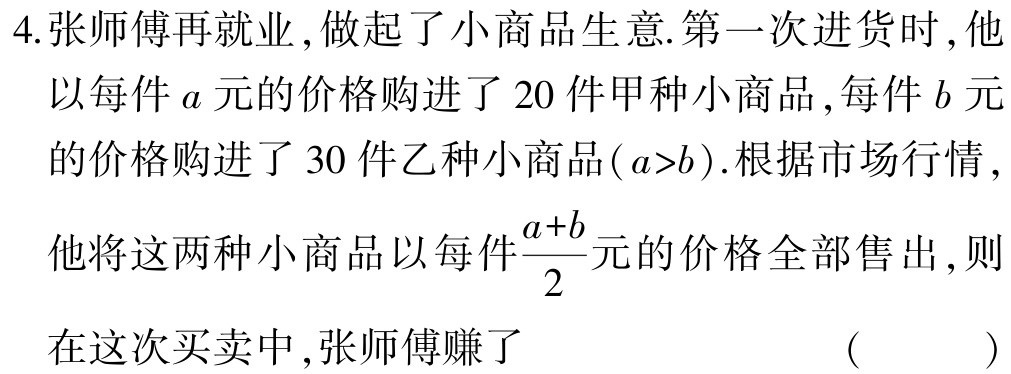
4.张师傅再就业，做起了小商品生意.第一次进货时，他以每件\(a\)元的价格购进了\(20\)件甲种小商品，每件\(b\)元的价格购进了\(30\)件乙种小商品(\(a>b\)).根据市场行情，他将这两种小商品以每件\(\frac{a + b}{2}\)元的价格全部售出，则在这次买卖中，张师傅赚了 （  ）